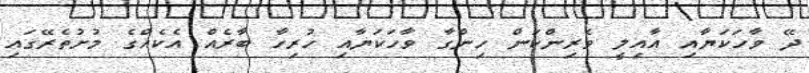
ދޭ ވާހަކަޔާއި އާއިލީ ވެރިންކަން ހިންގާ ވާހަކަޔާއި ހުރިހާ ބާރެއް އެކެއްގެ މުށުތެރޭގައި